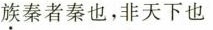
族秦者秦也，非天下也